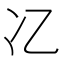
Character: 𫤾